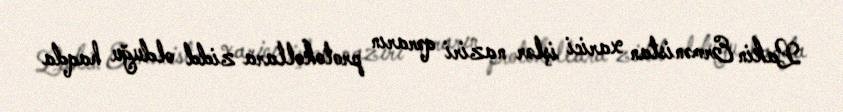
Lakin Ermənistan xarici işlər naziri qərarın protokollara zidd olduğu haqda